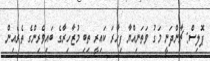
ޕޮލިސް: ޗާންދަނީ މަގު ވަތަނިއްޔާ ފިހާރަ ކައިރީ ތިބި މުޒާހިރާގެ ބައިވެރިންގެ ތެރެއިން